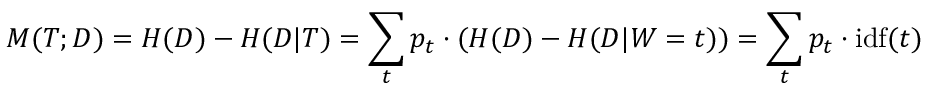
M ( { \cal { T } } ; { \cal { D } } ) = H ( { \cal { D } } ) - H ( { \cal { D } } | { \cal { T } } ) = \sum _ { t } p _ { t } \cdot ( H ( { \cal { D } } ) - H ( { \cal { D } } | W = t ) ) = \sum _ { t } p _ { t } \cdot \mathrm { i d f } ( t )